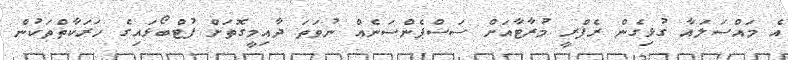
އެ މައްސަލައާ ގުޅިގެން ރެފްރީ މުރާޓާއަށް ސަސްޕެންސަނެއް ނުވަތަ ދާއިމީގޮތަށް ފުޓްބޯޅައިގެ ހަރަކާތްތަކުން